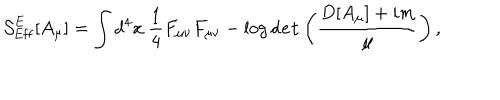
{ \cal S } _ { \mathrm { E f f } } ^ { \mathrm { E } } [ A _ { \mu } ] = \int d ^ { 4 } x \ \frac { 1 } { 4 } F _ { \mu \nu } F _ { \mu \nu } - \log { \tt d e t } \left( \frac { D [ A _ { \mu } ] + i m } { \mu } \right) ,